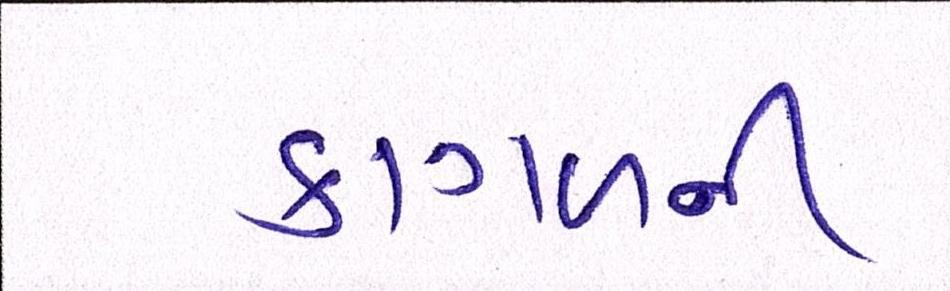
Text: કાગળની